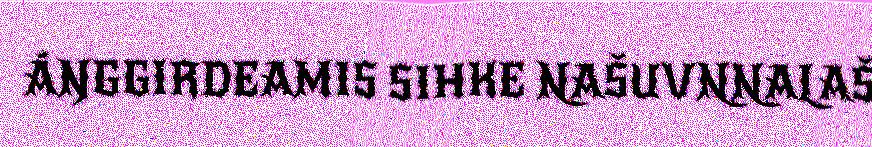
ÁŊGGIRDEAMIS SIHKE NAŠUVNNALAŠ